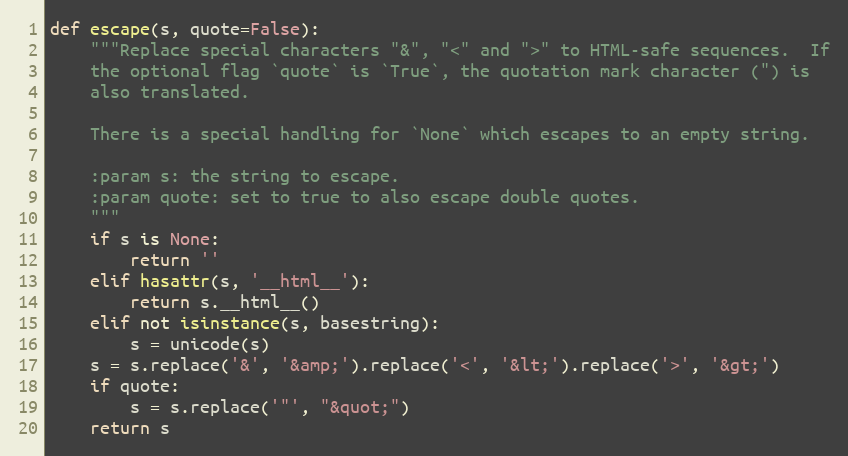
Language: Python
def escape(s, quote=False):
    """Replace special characters "&", "<" and ">" to HTML-safe sequences.  If
    the optional flag `quote` is `True`, the quotation mark character (") is
    also translated.

    There is a special handling for `None` which escapes to an empty string.

    :param s: the string to escape.
    :param quote: set to true to also escape double quotes.
    """
    if s is None:
        return ''
    elif hasattr(s, '__html__'):
        return s.__html__()
    elif not isinstance(s, basestring):
        s = unicode(s)
    s = s.replace('&', '&amp;').replace('<', '&lt;').replace('>', '&gt;')
    if quote:
        s = s.replace('"', "&quot;")
    return s